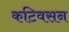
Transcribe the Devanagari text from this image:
कटिवसन